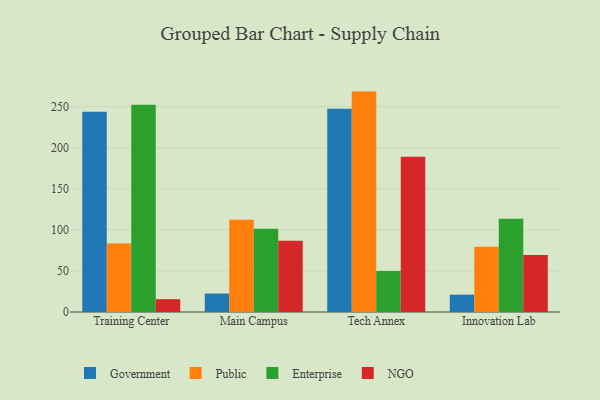
{"axis": {"x": "Campus", "y": "Revenue (USD Million)"}, "legend": ["Enterprise", "Government", "NGO", "Public"], "data": [{"x": "Training Center", "y": 243.8, "type": "Government"}, {"x": "Training Center", "y": 83.4, "type": "Public"}, {"x": "Training Center", "y": 252.3, "type": "Enterprise"}, {"x": "Training Center", "y": 15.6, "type": "NGO"}, {"x": "Main Campus", "y": 22.5, "type": "Government"}, {"x": "Main Campus", "y": 112.3, "type": "Public"}, {"x": "Main Campus", "y": 101.2, "type": "Enterprise"}, {"x": "Main Campus", "y": 86.6, "type": "NGO"}, {"x": "Tech Annex", "y": 247.4, "type": "Government"}, {"x": "Tech Annex", "y": 268.3, "type": "Public"}, {"x": "Tech Annex", "y": 49.8, "type": "Enterprise"}, {"x": "Tech Annex", "y": 189.1, "type": "NGO"}, {"x": "Innovation Lab", "y": 21.1, "type": "Government"}, {"x": "Innovation Lab", "y": 79.4, "type": "Public"}, {"x": "Innovation Lab", "y": 113.4, "type": "Enterprise"}, {"x": "Innovation Lab", "y": 69.5, "type": "NGO"}]}